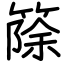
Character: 篨